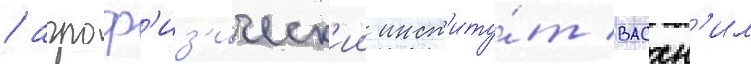
/ агроф'из'ическ'ии инст'иту́т васхн'ил